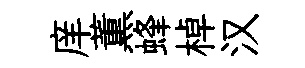
庠薫蜂棹汉